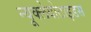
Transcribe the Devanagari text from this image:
न्यूक्लेयोटाइडस